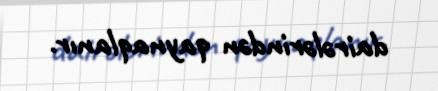
dairələrindən qaynaqlanır.